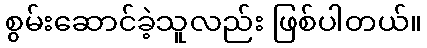
စွမ်းဆောင်ခဲ့သူလည်း ဖြစ်ပါတယ်။